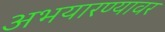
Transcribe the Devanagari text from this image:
अभयारण्यावर